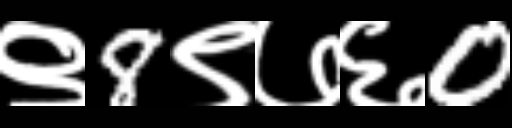
Text: ९8९७६0